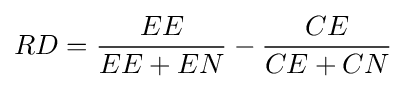
RD={\frac {EE}{EE+EN}}-{\frac {CE}{CE+CN}}